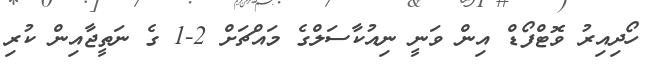
ހޯދިއިރު ވޮޓްފޯޑް އިން ވަނީ ނިއުކާސަލްގެ މައްޗަށް 2-1 ގެ ނަތީޖާއިން ކުރި